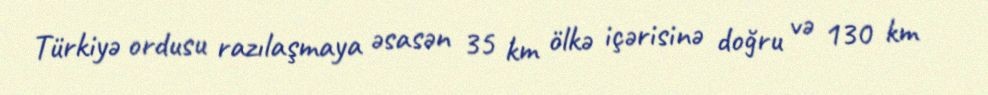
Türkiyə ordusu razılaşmaya əsasən 35 km ölkə içərisinə doğru və 130 km